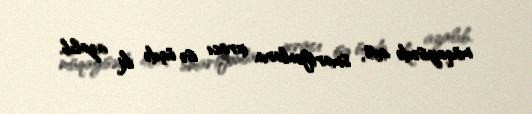
müqayisədə 40%, smartfonların ixracı isə üçdə iki azalıb.